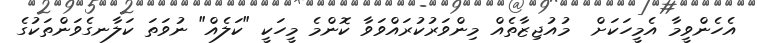
އެހެންވީމާ އެމީހަކަށް  މުއުޖިޒާތެއް މިންވަރުކުރައްވަވާ ކޮންމެ މީހަކީ "ކަލެއް" ނުވަތަ ކަލާނގެވަންތަކުގެ